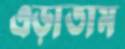
এড়াতাম